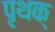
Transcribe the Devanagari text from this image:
पृथक्‍